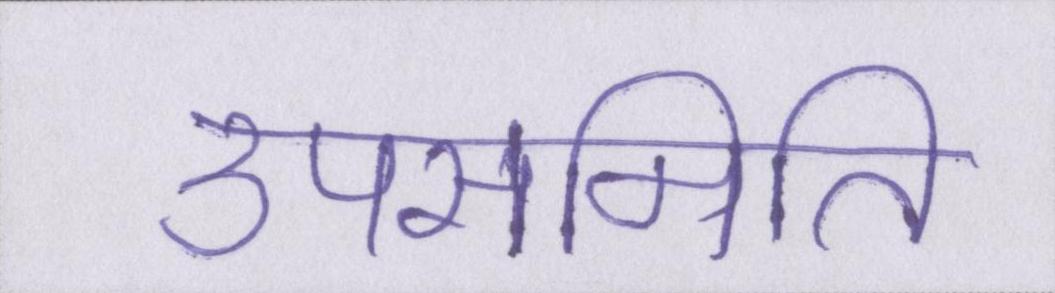
उपसमिति